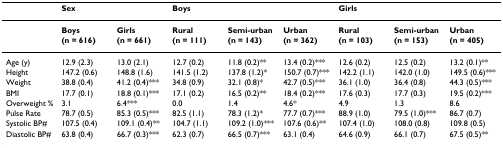
|  | <COLSPAN=2> Sex | <COLSPAN=3> Boys | <COLSPAN=3> Girls |
 | --- | --- | --- | --- | --- | --- | --- | --- | --- |
 |  | Boys (n = 616) | Girls (n = 661) | Rural (n = 111) | Semi-urban (n = 143) | Urban (n = 362) | Rural (n = 103) | Semi-urban (n = 153) | Urban (n = 405) |
 | Age (y) | 12.9 (2.3) | 13.0 (2.1) | 12.7 (0.2) | 11.8 (0.2)** | 13.4 (0.2)*** | 12.6 (0.2) | 12.5 (0.2) | 13.2 (0.1)** |
 | Height | 147.2 (0.6) | 148.8 (1.6) | 141.5 (1.2) | 137.8 (1.2)* | 150.7 (0.7)*** | 142.2 (1.1) | 142.0 (1.0) | 149.5 (0.6)*** |
 | Weight | 38.8 (0.4) | 41.2 (0.4)*** | 34.8 (0.9) | 32.1 (0.8)* | 42.7 (0.5)*** | 36.1 (1.0) | 36.4 (0.8) | 44.3 (0.5)*** |
 | BMI | 17.7 (0.1) | 18.8 (0.1)*** | 17.1 (0.2) | 16.5 (0.2)** | 18.4 (0.2)*** | 17.6 (0.3) | 17.7 (0.3) | 19.5 (0.2)*** |
 | Overweight % | 3.1 | 6.4*** | 0.0 | 1.4 | 4.6* | 4.9 | 1.3 | 8.6 |
 | Pulse Rate | 78.7 (0.5) | 85.3 (0.5)*** | 82.5 (1.1) | 78.3 (1.2)* | 77.7 (0.7)*** | 88.9 (1.0) | 79.5 (1.0)*** | 86.7 (0.7) |
 | Systolic BP# | 107.5 (0.4) | 109.1 (0.4)** | 104.7 (1.1) | 109.2 (1.0)*** | 107.6 (0.6)** | 107.4 (1.0) | 108.0 (0.8) | 109.8 (0.5) |
 | Diastolic BP# | 63.8 (0.4) | 66.7 (0.3)*** | 62.3 (0.7) | 66.5 (0.7)*** | 63.1 (0.4) | 64.6 (0.9) | 66.1 (0.7) | 67.5 (0.5)** |